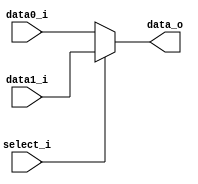
/***************************************************
Student Name:  Ia
Student ID: 0816137 0716241
***************************************************/

`timescale 1ns/1ps

module MUX_2to1(
	input  [32-1:0] data0_i,       
	input  [32-1:0] data1_i,
	input       	select_i,
	output [32-1:0] data_o
               );
			   
/* Write your code HERE */
reg [32-1:0]temp;
assign data_o=temp;
always@(*)
begin
	if(select_i==0)
		temp<=data0_i;
	else
		temp<=data1_i;
end
endmodule